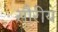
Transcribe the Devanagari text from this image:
सौरीय